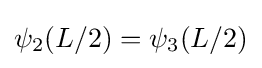
\psi _{2}(L/2)=\psi _{3}(L/2)